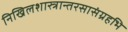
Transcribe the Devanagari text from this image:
निखिलशास्त्रान्तरसासंग्रहभि